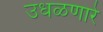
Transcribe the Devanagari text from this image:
उधळणारे